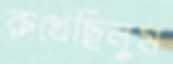
রুখেছিলুম